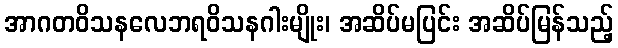
အာဂတဝိသနလေဘရဝိသနဂါးမျိုး၊ အဆိပ်မပြင်း အဆိပ်မြန်သည့်